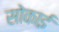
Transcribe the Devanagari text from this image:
सोकाई